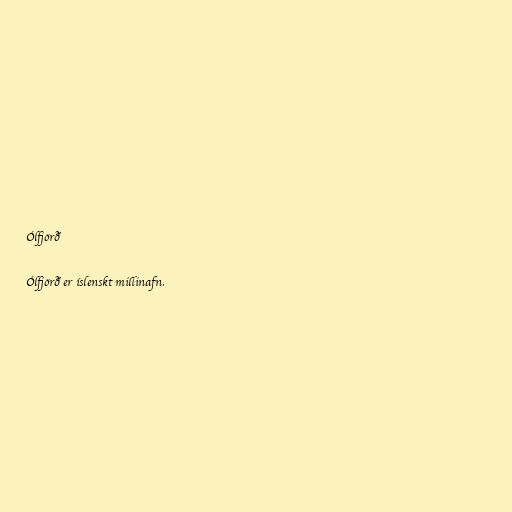
Ólfjörð

Ólfjörð er íslenskt millinafn.